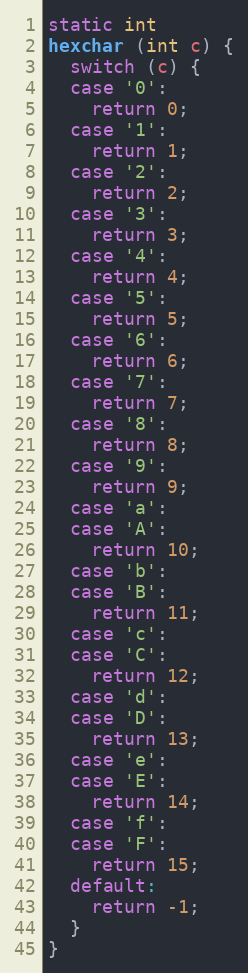
Language: C
static int
hexchar (int c) {
  switch (c) {
  case '0':
    return 0;
  case '1':
    return 1;
  case '2':
    return 2;
  case '3':
    return 3;
  case '4':
    return 4;
  case '5':
    return 5;
  case '6':
    return 6;
  case '7':
    return 7;
  case '8':
    return 8;
  case '9':
    return 9;
  case 'a':
  case 'A':
    return 10;
  case 'b':
  case 'B':
    return 11;
  case 'c':
  case 'C':
    return 12;
  case 'd':
  case 'D':
    return 13;
  case 'e':
  case 'E':
    return 14;
  case 'f':
  case 'F':
    return 15;
  default:
    return -1;
  }
}